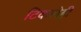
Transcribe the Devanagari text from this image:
टिकलेही